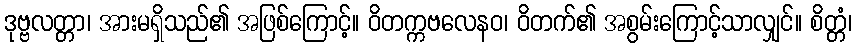
ဒုဗ္ဗလတ္တာ၊ အားမရှိသည်၏ အဖြစ်ကြောင့်။ ဝိတက္ကဗလေနဝ၊ ဝိတက်၏ အစွမ်းကြောင့်သာလျှင်။ စိတ္တံ၊